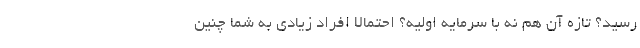
رسید؟ تازه آن هم نه با سرمایه اولیه؟ احتمالا افراد زیادی به شما چنین